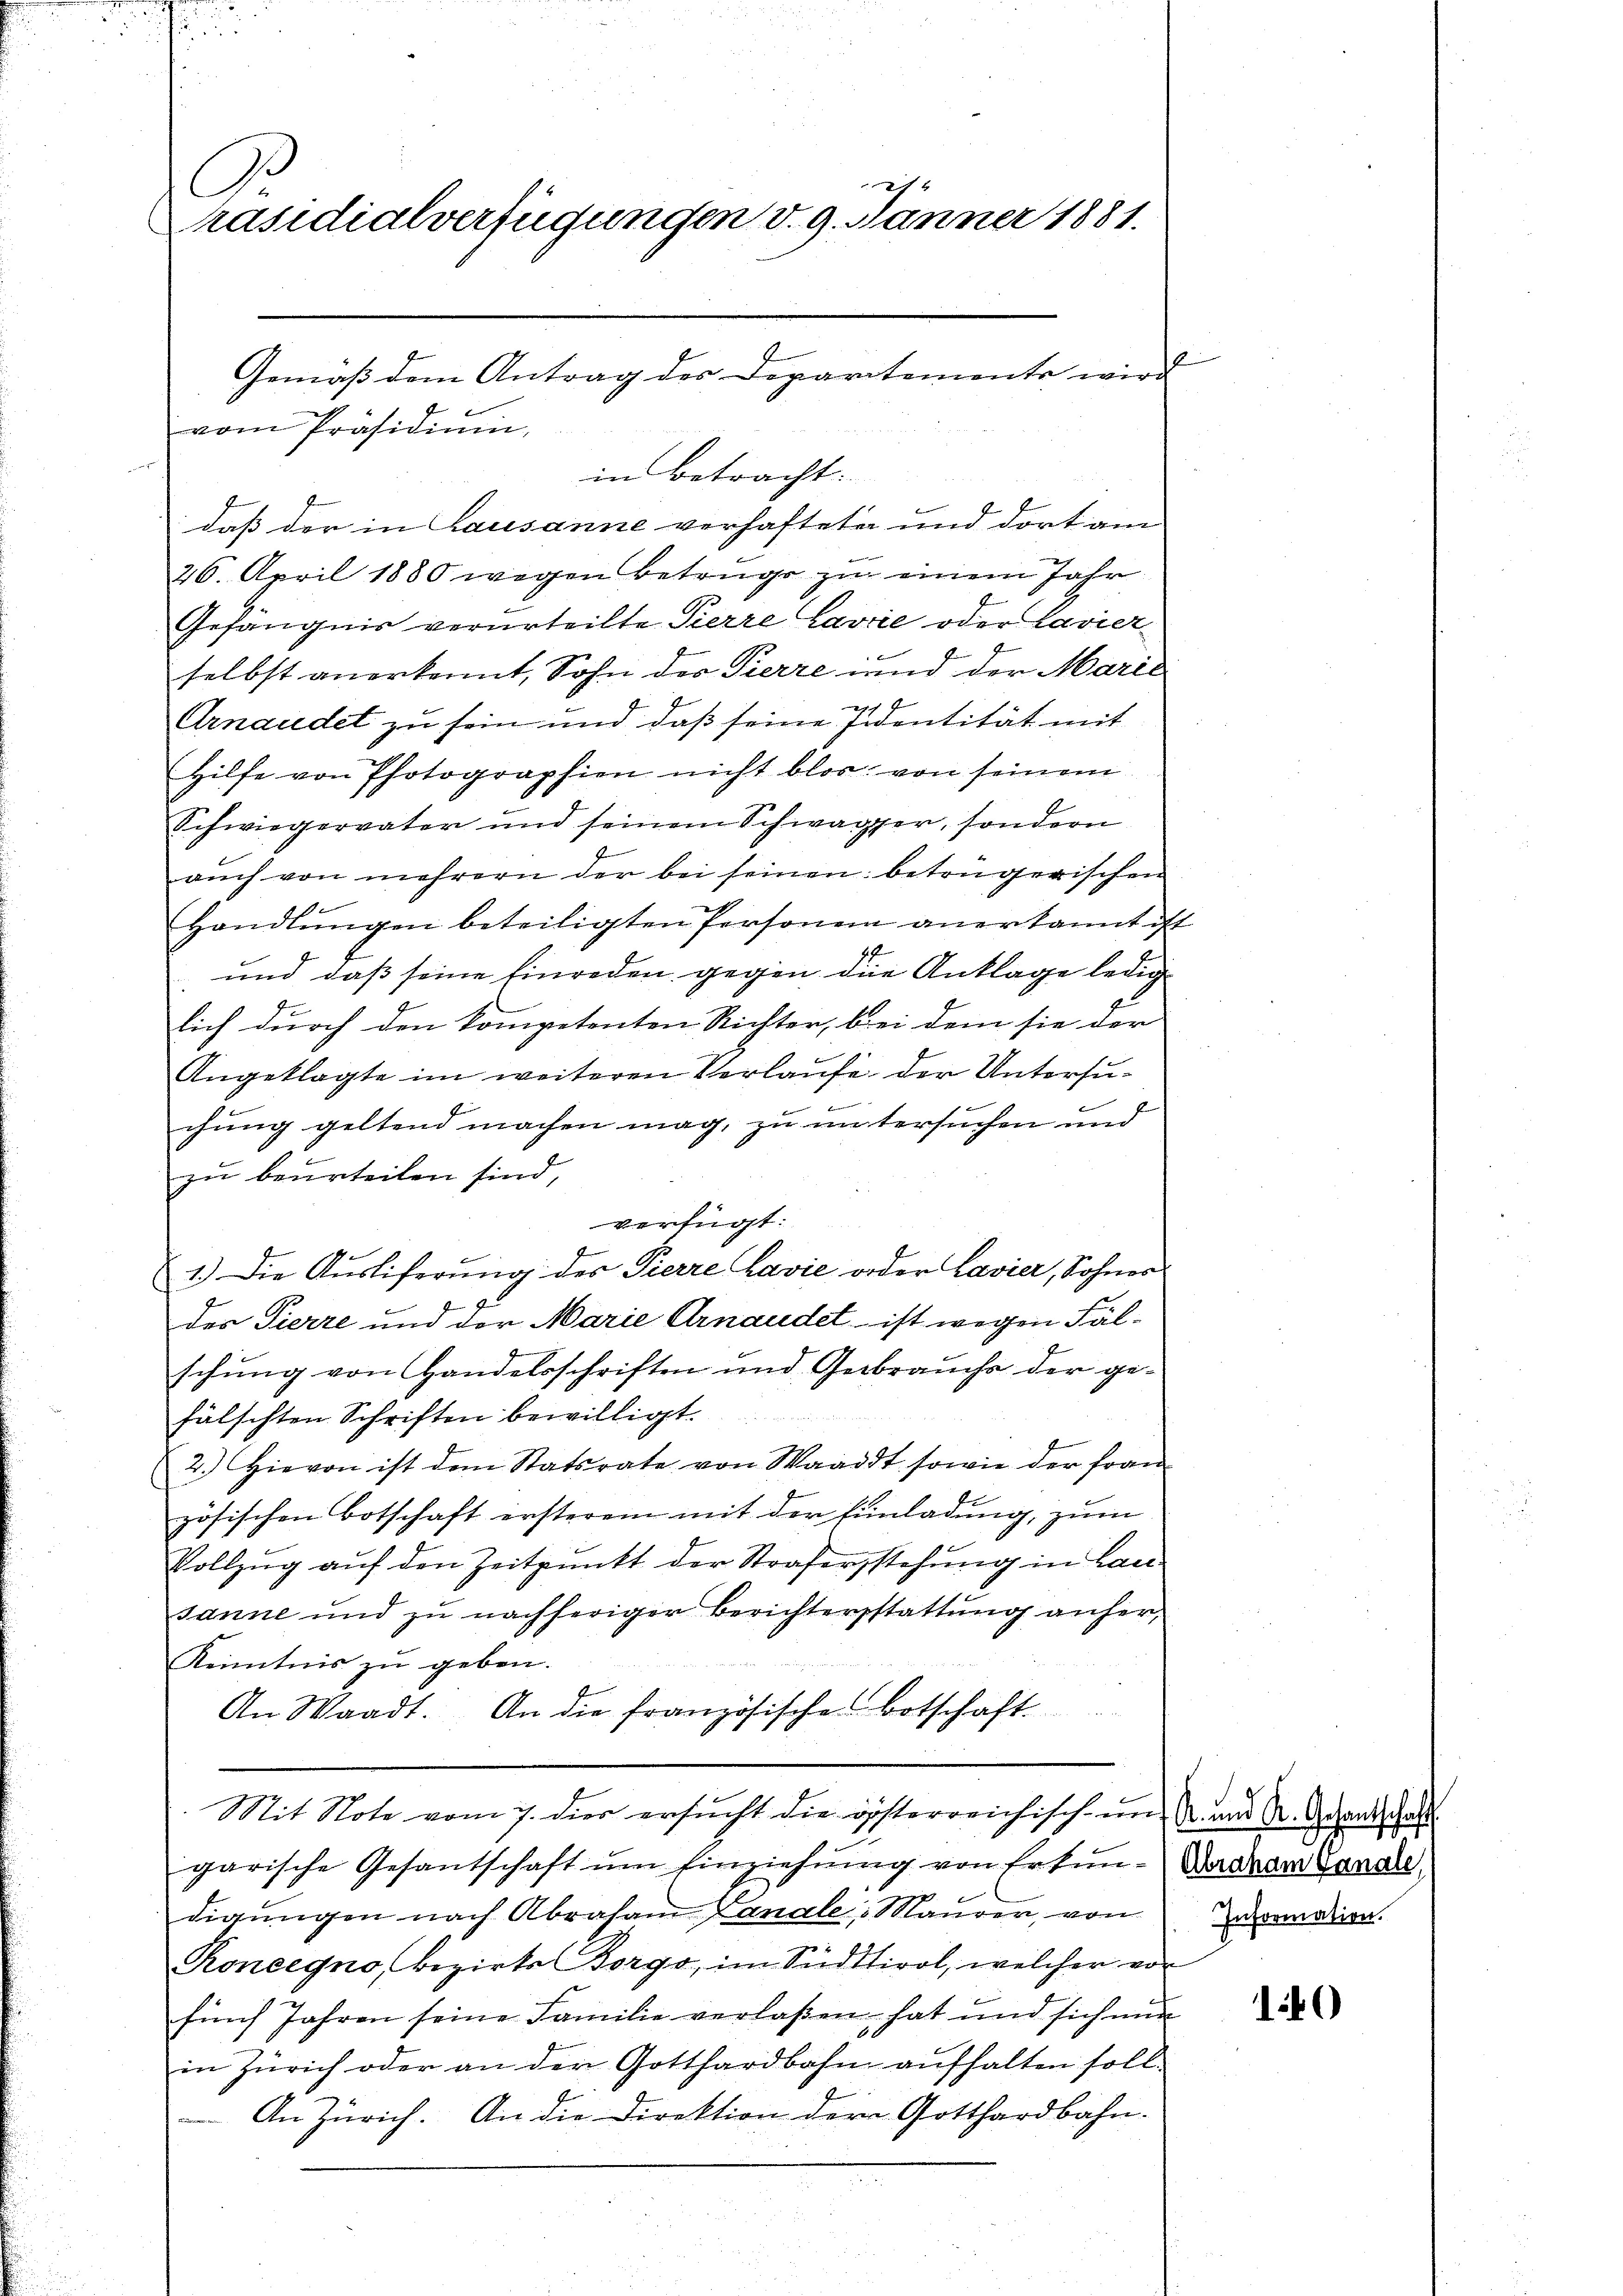
O
Präsidialverfügungen v. 9. Jänner 1881.

: daß der in Lausanne verhafteten und dort am
26. April 1880 wegen Betruge zu einem Jahr
Gefängnis verurteilte Pierre Lavre oder Lavierselbst anerkennt, Sohn der Pierre und der Marie

Arnaudet zu sein und daß seine sidentität mit
Hilfe von Photographien nicht blos von seinem
Schwiegervater und seinem Schwager, sondern
auch von mehrern der bei seinen betrügerischen
Handlŭngen beteiligten Personen anerkannt ist
si
und daß seine Einreden gegen die Anklage ledig
lich durch den kompetenten Richter, bei dem sie der
Angeklagte im weiteren Verlaufe der Untersue
chung geltend machen mag, zu untersuchen und
zu beurteilen sind,
verfügt:
1.) Die Auslieferung des Pierre Lavie oder Lavier, Sohner
des Pierre und der Marie Arnaudel - ist wegen Fälschung von Handelsschriften und Gebrauchs der ge-
fälschten Schriften bewilligt.
2.) Hievon ist dem Statsrate von Waadt sowie der fran-
zösischen Botschaft ersterem mit der Einladung, zum
Vollzug auf den Zeitpunkt der Straferstehung in Lau
Janne und zu nachheriger Berichtersstattung anher¬
Kenntnis zu geben.
An Waadt. An die französisches Botschaft.
Mit Note vom 7. dier ersucht die gösterreichisch- und k. und A. Gehandschaft
garische Gesantschaft um Einziehung von Erkundigŭngen nach Abraham Canale Maurer, von
Roneegno, Bezirks-Borgo, im Südtirol, welcher vor
fünf Jahren seine Familie verlaßen hat und sich nur
in Zürich oder an der Gotthardbahn aufhalten soll.
An Zürich. An die Direktion der Gotthardbahn.

vom Präsidiŭm,

Gemäß dem Antrag des Departemente wird

in betracht.

Abraham Sanate,
Information.

140